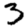
Digit: 3